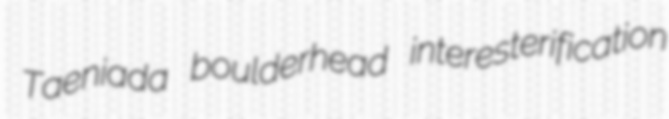
Taeniada boulderhead interesterification